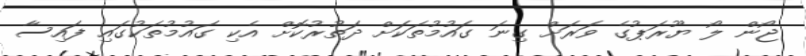
ޖޯން ލޯ ޔޫރަޕުގެ ވަރަށް ގިނަ ގައުމުތަކަށް ދަތުރުކޮށް އެކި ގައުމުތަކުގައި ފައިސާ